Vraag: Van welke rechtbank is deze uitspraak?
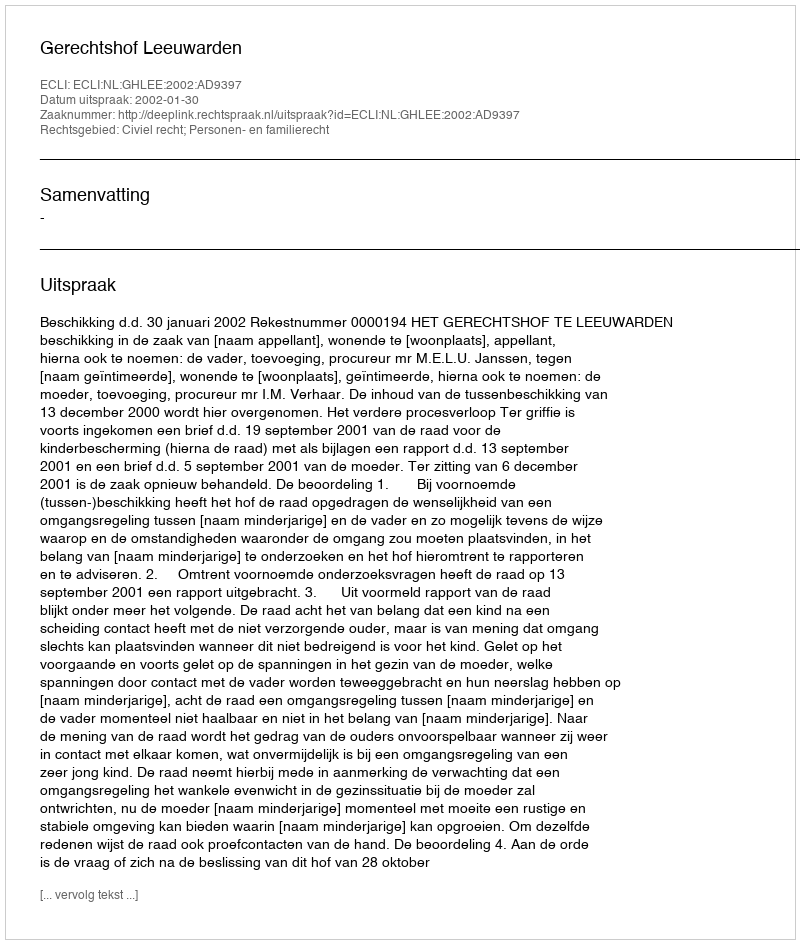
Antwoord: Gerechtshof Leeuwarden